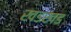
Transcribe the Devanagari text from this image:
खडखड